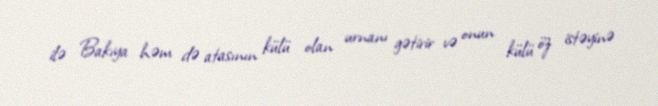
ilə Bakıya həm də atasının külü olan urnanı gətirir və onun külü öz istəyinə